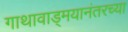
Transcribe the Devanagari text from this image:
गाथावाड्मयानंतरच्या